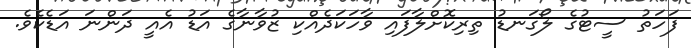
ފަހަތު ސީޓުގެ ލޯގަނޑު ތިރިކޮށްލާފައި ވާހަކަދެއްކި ޒުވާނާގެ އަޑު އެއީ ދަންނަ އަޑެކެވެ.